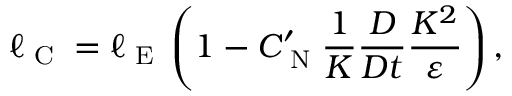
\ell _ { \textrm { C } } = \ell _ { \textrm { E } } \left( { 1 - C _ { \textrm { N } } ^ { \prime } \frac { 1 } { K } \frac { D } { D t } \frac { K ^ { 2 } } { \varepsilon } } \right) ,